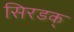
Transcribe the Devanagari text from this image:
सिरडक्